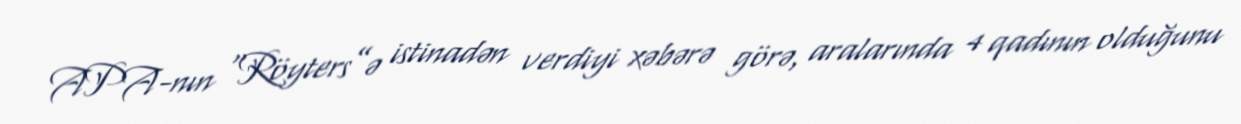
APA-nın “Röyters”ə istinadən verdiyi xəbərə görə, aralarında 4 qadının olduğunu